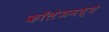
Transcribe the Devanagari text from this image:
कॉलेजमध्‍ये